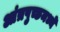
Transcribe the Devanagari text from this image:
आंत्रपुच्छमध्ये